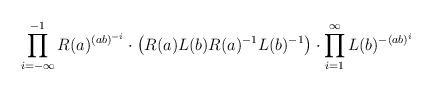
LaTeX: \begin{align*}\prod_{i=-\infty}^{-1} R(a)^{(ab)^{-i}} \cdot \left(R(a)L(b)R(a)^{-1}L(b)^{-1}\right) \cdot \prod_{i=1}^\infty L(b)^{-(ab)^i}\end{align*}